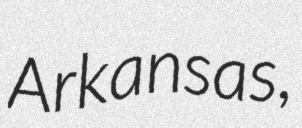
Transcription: Arkansas,